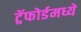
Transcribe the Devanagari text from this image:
ट्रॅफोर्डमध्ये